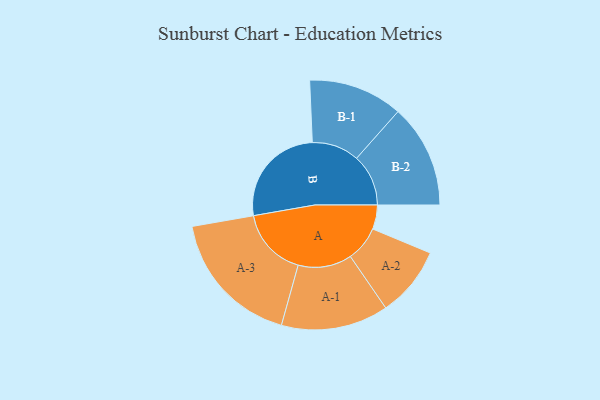
{"axis": {"x": "Segment", "y": "Value"}, "legend": ["", "A", "B"], "data": [{"x": "A", "y": 105, "type": ""}, {"x": "B", "y": 453, "type": ""}, {"x": "A-1", "y": 233, "type": "A"}, {"x": "A-2", "y": 153, "type": "A"}, {"x": "A-3", "y": 300, "type": "A"}, {"x": "B-1", "y": 205, "type": "B"}, {"x": "B-2", "y": 225, "type": "B"}]}